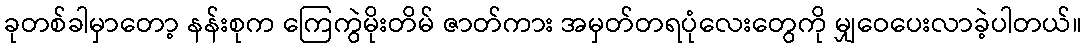
ခုတစ်ခါမှာတော့ နန်းစုက ကြေကွဲမိုးတိမ် ဇာတ်ကား အမှတ်တရပုံလေးတွေကို မျှဝေပေးလာခဲ့ပါတယ်။